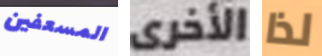
المسعفين الأخرى لذا